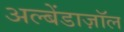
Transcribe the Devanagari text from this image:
अल्बेंडाज़ॉल